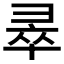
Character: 𭛐